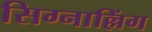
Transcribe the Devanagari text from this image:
सिग्नाल्लिंग